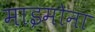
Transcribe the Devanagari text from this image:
माइमोना